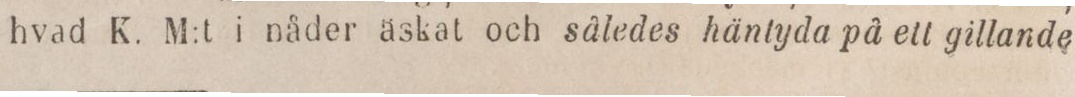
hvad K. M:t i nåder äskat och således häntyda på ett gillande